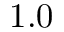
1 . 0